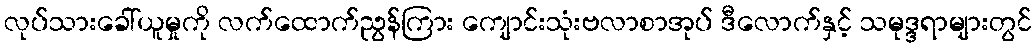
လုပ်သားခေါ်ယူမှုကို လက်ထောက်ညွန်ကြား ကျောင်းသုံးဗလာစာအုပ် ဒီလောက်နှင့် သမုဒ္ဒရာများတွင်